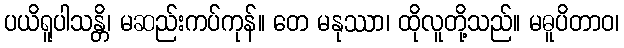
ပယိရူပါသန္တိ၊ မဆည်းကပ်ကုန်။ တေ မနုဿာ၊ ထိုလူတို့သည်။ မဓူပိတာဝ၊